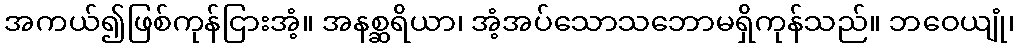
အကယ်၍ဖြစ်ကုန်ငြားအံ့။ အနစ္ဆရိယာ၊ အံ့အပ်သောသဘောမရှိကုန်သည်။ ဘဝေယျုံ၊